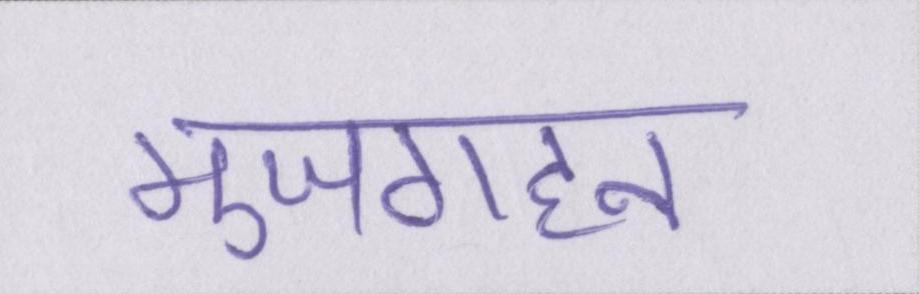
मुजगहन